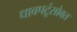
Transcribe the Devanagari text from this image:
धावपटूंसोबत